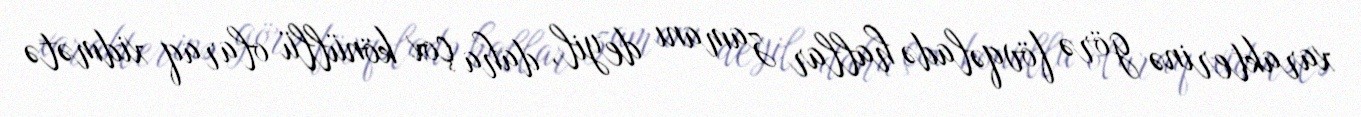
xarakterinə görə fövqəladə hallar zamanı deyil, daha çox könüllü olaraq xidmətə